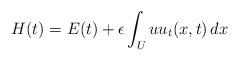
LaTeX: \begin{align*}H(t) = E(t) + \epsilon \int_U u u_t(x,t) \, dx\end{align*}